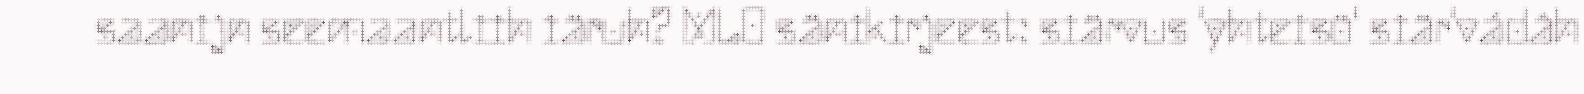
saanijn seemaantliih iäruh? MLO sänikirjeest: siärvus 'yhteisö' siär'vádâh